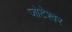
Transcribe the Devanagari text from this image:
जोटेश्‍वर